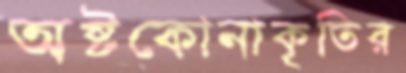
অষ্টকোনাকৃতির